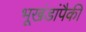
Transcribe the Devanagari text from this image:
भूखंडांपैकी